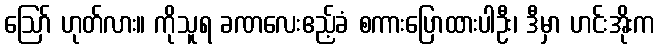
ဪ ဟုတ်လား။ ကိုသူရ ခဏလေးဧည့်ခံ စကားပြောထားပါဦး၊ ဒီမှာ ဟင်းအိုးက